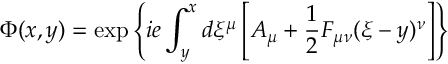
\Phi ( x , y ) = \exp \left\{ i e \int _ { y } ^ { x } d \xi ^ { \mu } \left[ A _ { \mu } + { \frac { 1 } { 2 } } F _ { \mu \nu } ( \xi - y ) ^ { \nu } \right] \right\}